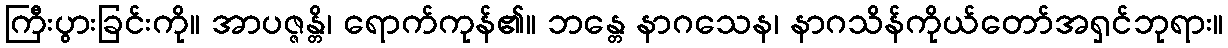
ကြီးပွားခြင်းကို။ အာပဇ္ဇန္တိ၊ ရောက်ကုန်၏။ ဘန္တေ နာဂသေန၊ နာဂသိန်ကိုယ်တော်အရှင်ဘုရား။